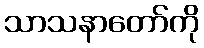
သာသနာတော်ကို